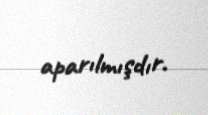
aparılmışdır.